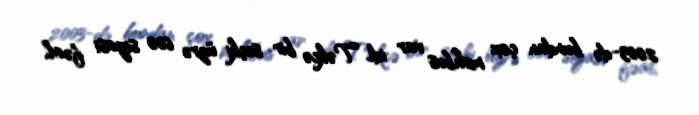
2003-də bundan çox məhbus var idi. Təkcə bir seçki üzrə 600 siyasi fəal,